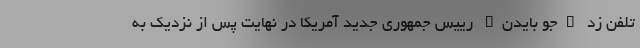
تلفن زد "جو بایدن" رییس جمهوری جدید آمریکا در نهایت پس از نزدیک به